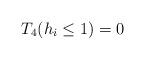
LaTeX: \begin{align*} \begin{aligned} T_4(h_i {}\leq{} 1) = 0 \end{aligned} \end{align*}